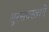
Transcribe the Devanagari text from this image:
सुरसवस्त्रानें